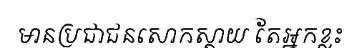
មានប្រជាជនសោកស្តាយ តែអ្នកខ្លះ